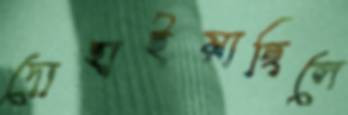
দোহাইয়াছিলে